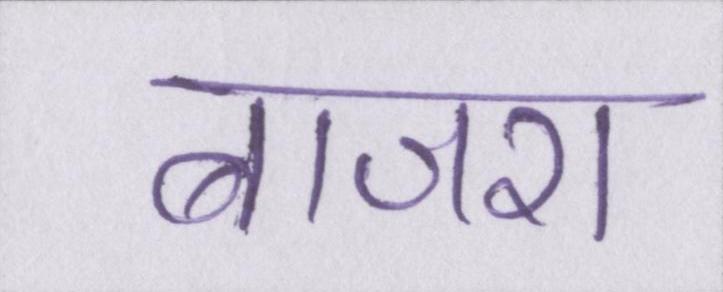
बाजरा